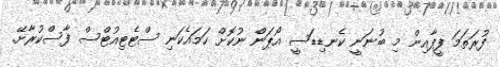
ފުރަތަމަ ފީފާއިން މި ބުނަނީ ކެނޑިޑަސީ އޯޕަން ނުކޮށް ހަމައެކަނި ސްޓެޓިއުޓްސް ފާސްކުރާށޭ.